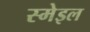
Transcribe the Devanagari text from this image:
स्मेइल